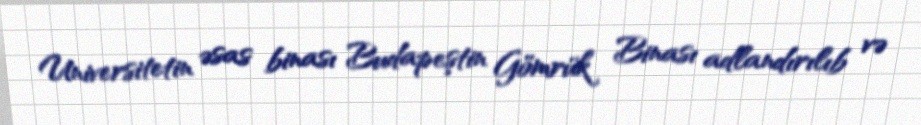
Universitetin əsas binası Budapeştin Gömrük Binası adlandırılıb və